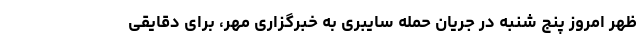
ظهر امروز پنج شنبه در جریان حمله سایبری به خبرگزاری مهر، برای دقایقی